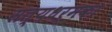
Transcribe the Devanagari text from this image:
सत्यधर्मका